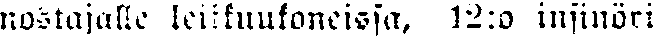
nostajalle leikkuukoneissa, 12:o insinöri